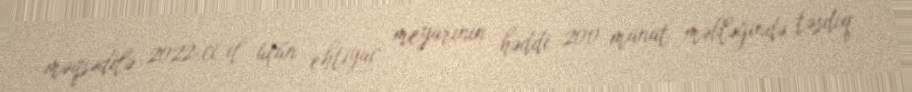
məqsədilə 2022-ci il üçün ehtiyac meyarının həddi 200 manat məbləğində təsdiq